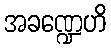
အခဏ္ဍေဟိ